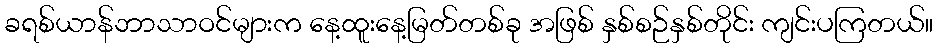
ခရစ်ယာန်ဘာသာဝင်များက နေ့ထူးနေ့မြတ်တစ်ခု အဖြစ် နှစ်စဉ်နှစ်တိုင်း ကျင်းပကြတယ်။